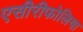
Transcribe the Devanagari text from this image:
एसीरीफोलिया